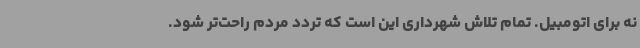
نه برای اتومبیل. تمام تلاش شهرداری این است که تردد مردم راحت‌تر شود.